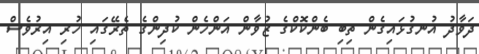
ދަވާދު އުނގުޅައިގެން ތިބި ބެންކޮކްގެ ޒުވާން އަންހެން ކުދިންގެ ތެރޭގައި ހުރި އިރުވެސް